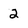
Character: 2